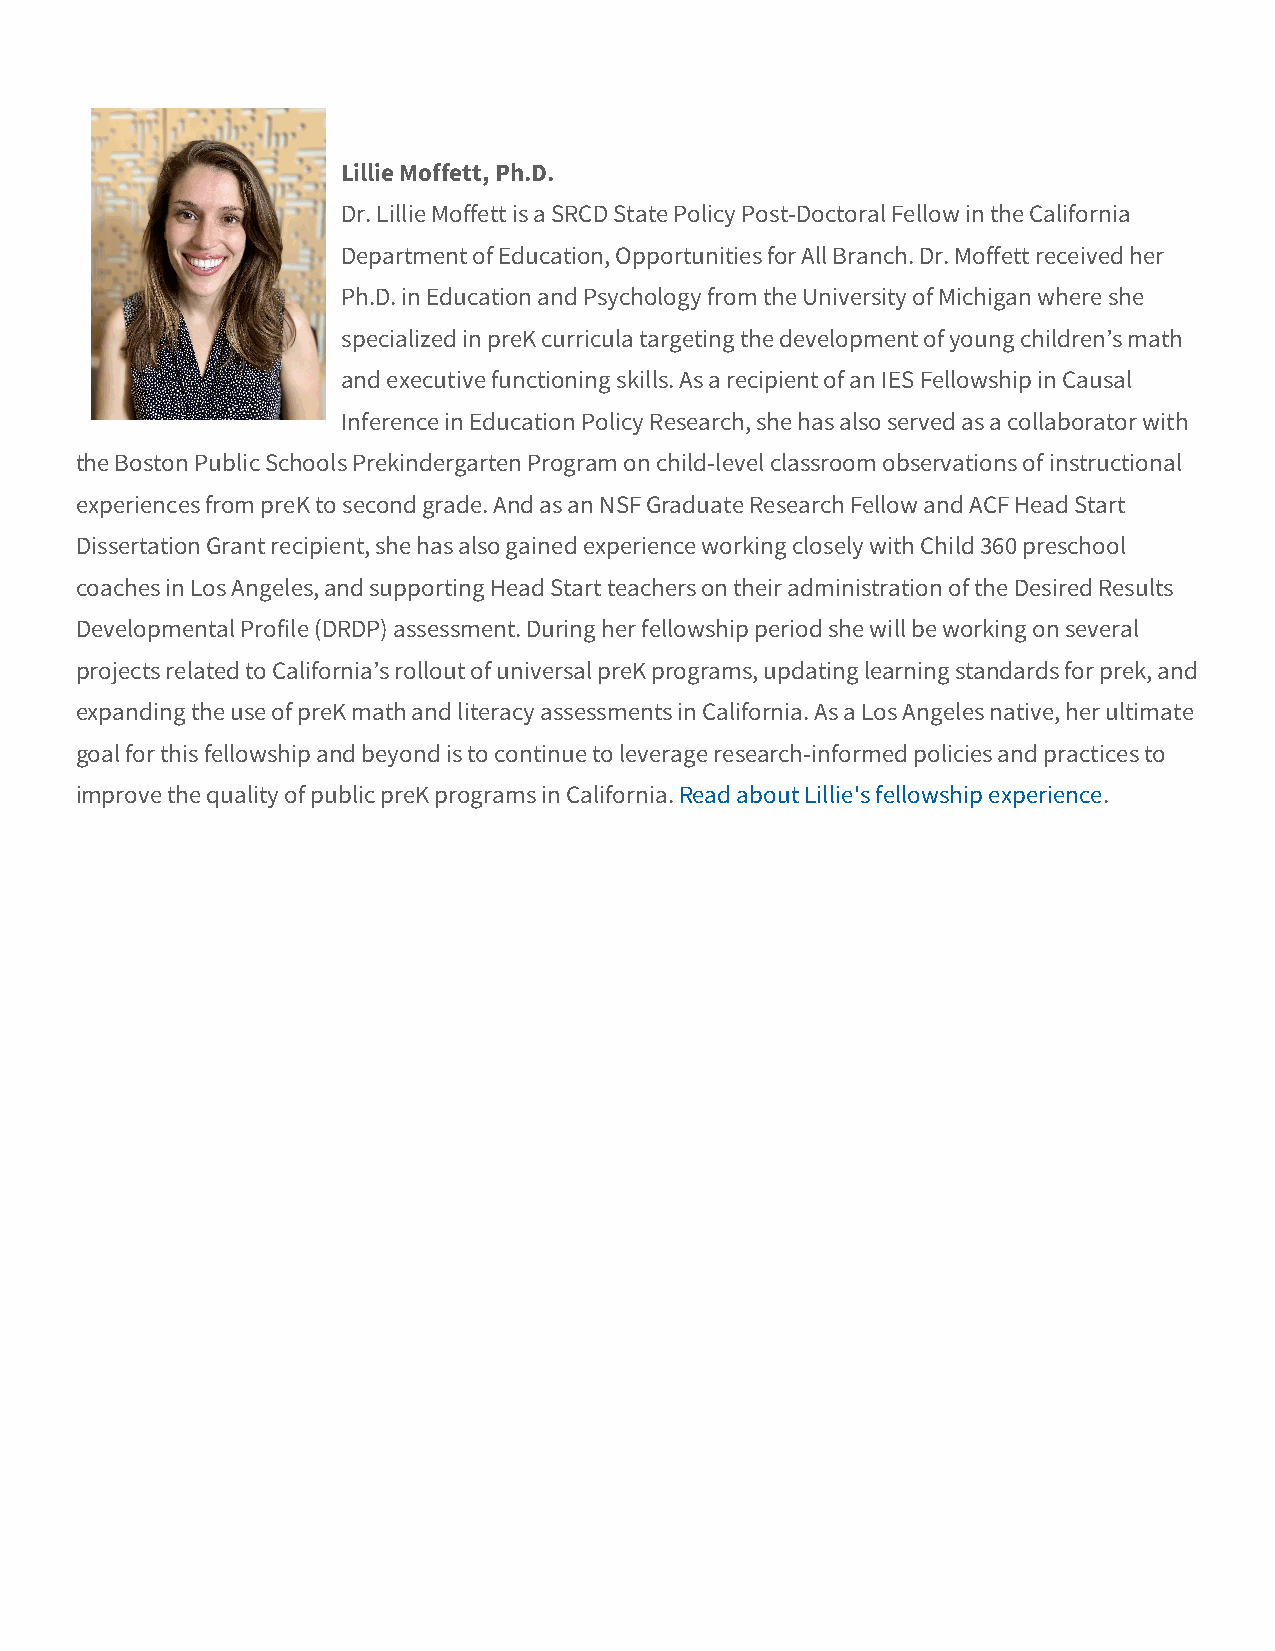
Lillie Moffett, Ph.D.
 Dr. Lillie Moffett is a SRCD State Policy Post-Doctoral Fellow in the California
 Department of Education, Opportunities for All Branch. Dr. Moffett received her
 Ph.D. in Education and Psychology from the University of Michigan where she
 specialized in preK curricula targeting the development of young children’s math
 and executive functioning skills. As a recipient of an IES Fellowship in Causal
 Inference in Education Policy Research, she has also served as a collaborator with
 the Boston Public Schools Prekindergarten Program on child-level classroom observations of instructional
 experiences from preK to second grade. And as an NSF Graduate Research Fellow and ACF Head Start
 Dissertation Grant recipient, she has also gained experience working closely with Child 360 preschool
 coaches in Los Angeles, and supporting Head Start teachers on their administration of the Desired Results
 Developmental Profile (DRDP) assessment. During her fellowship period she will be working on several
 projects related to California’s rollout of universal preK programs, updating learning standards for prek, and
 expanding the use of preK math and literacy assessments in California. As a Los Angeles native, her ultimate
 goal for this fellowship and beyond is to continue to leverage research-informed policies and practices to
 improve the quality of public preK programs in California. Read about Lillie's fellowship experience.